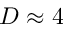
D \approx 4